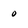
Character: 0